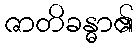
ဇာတိခန္ဓာ၏